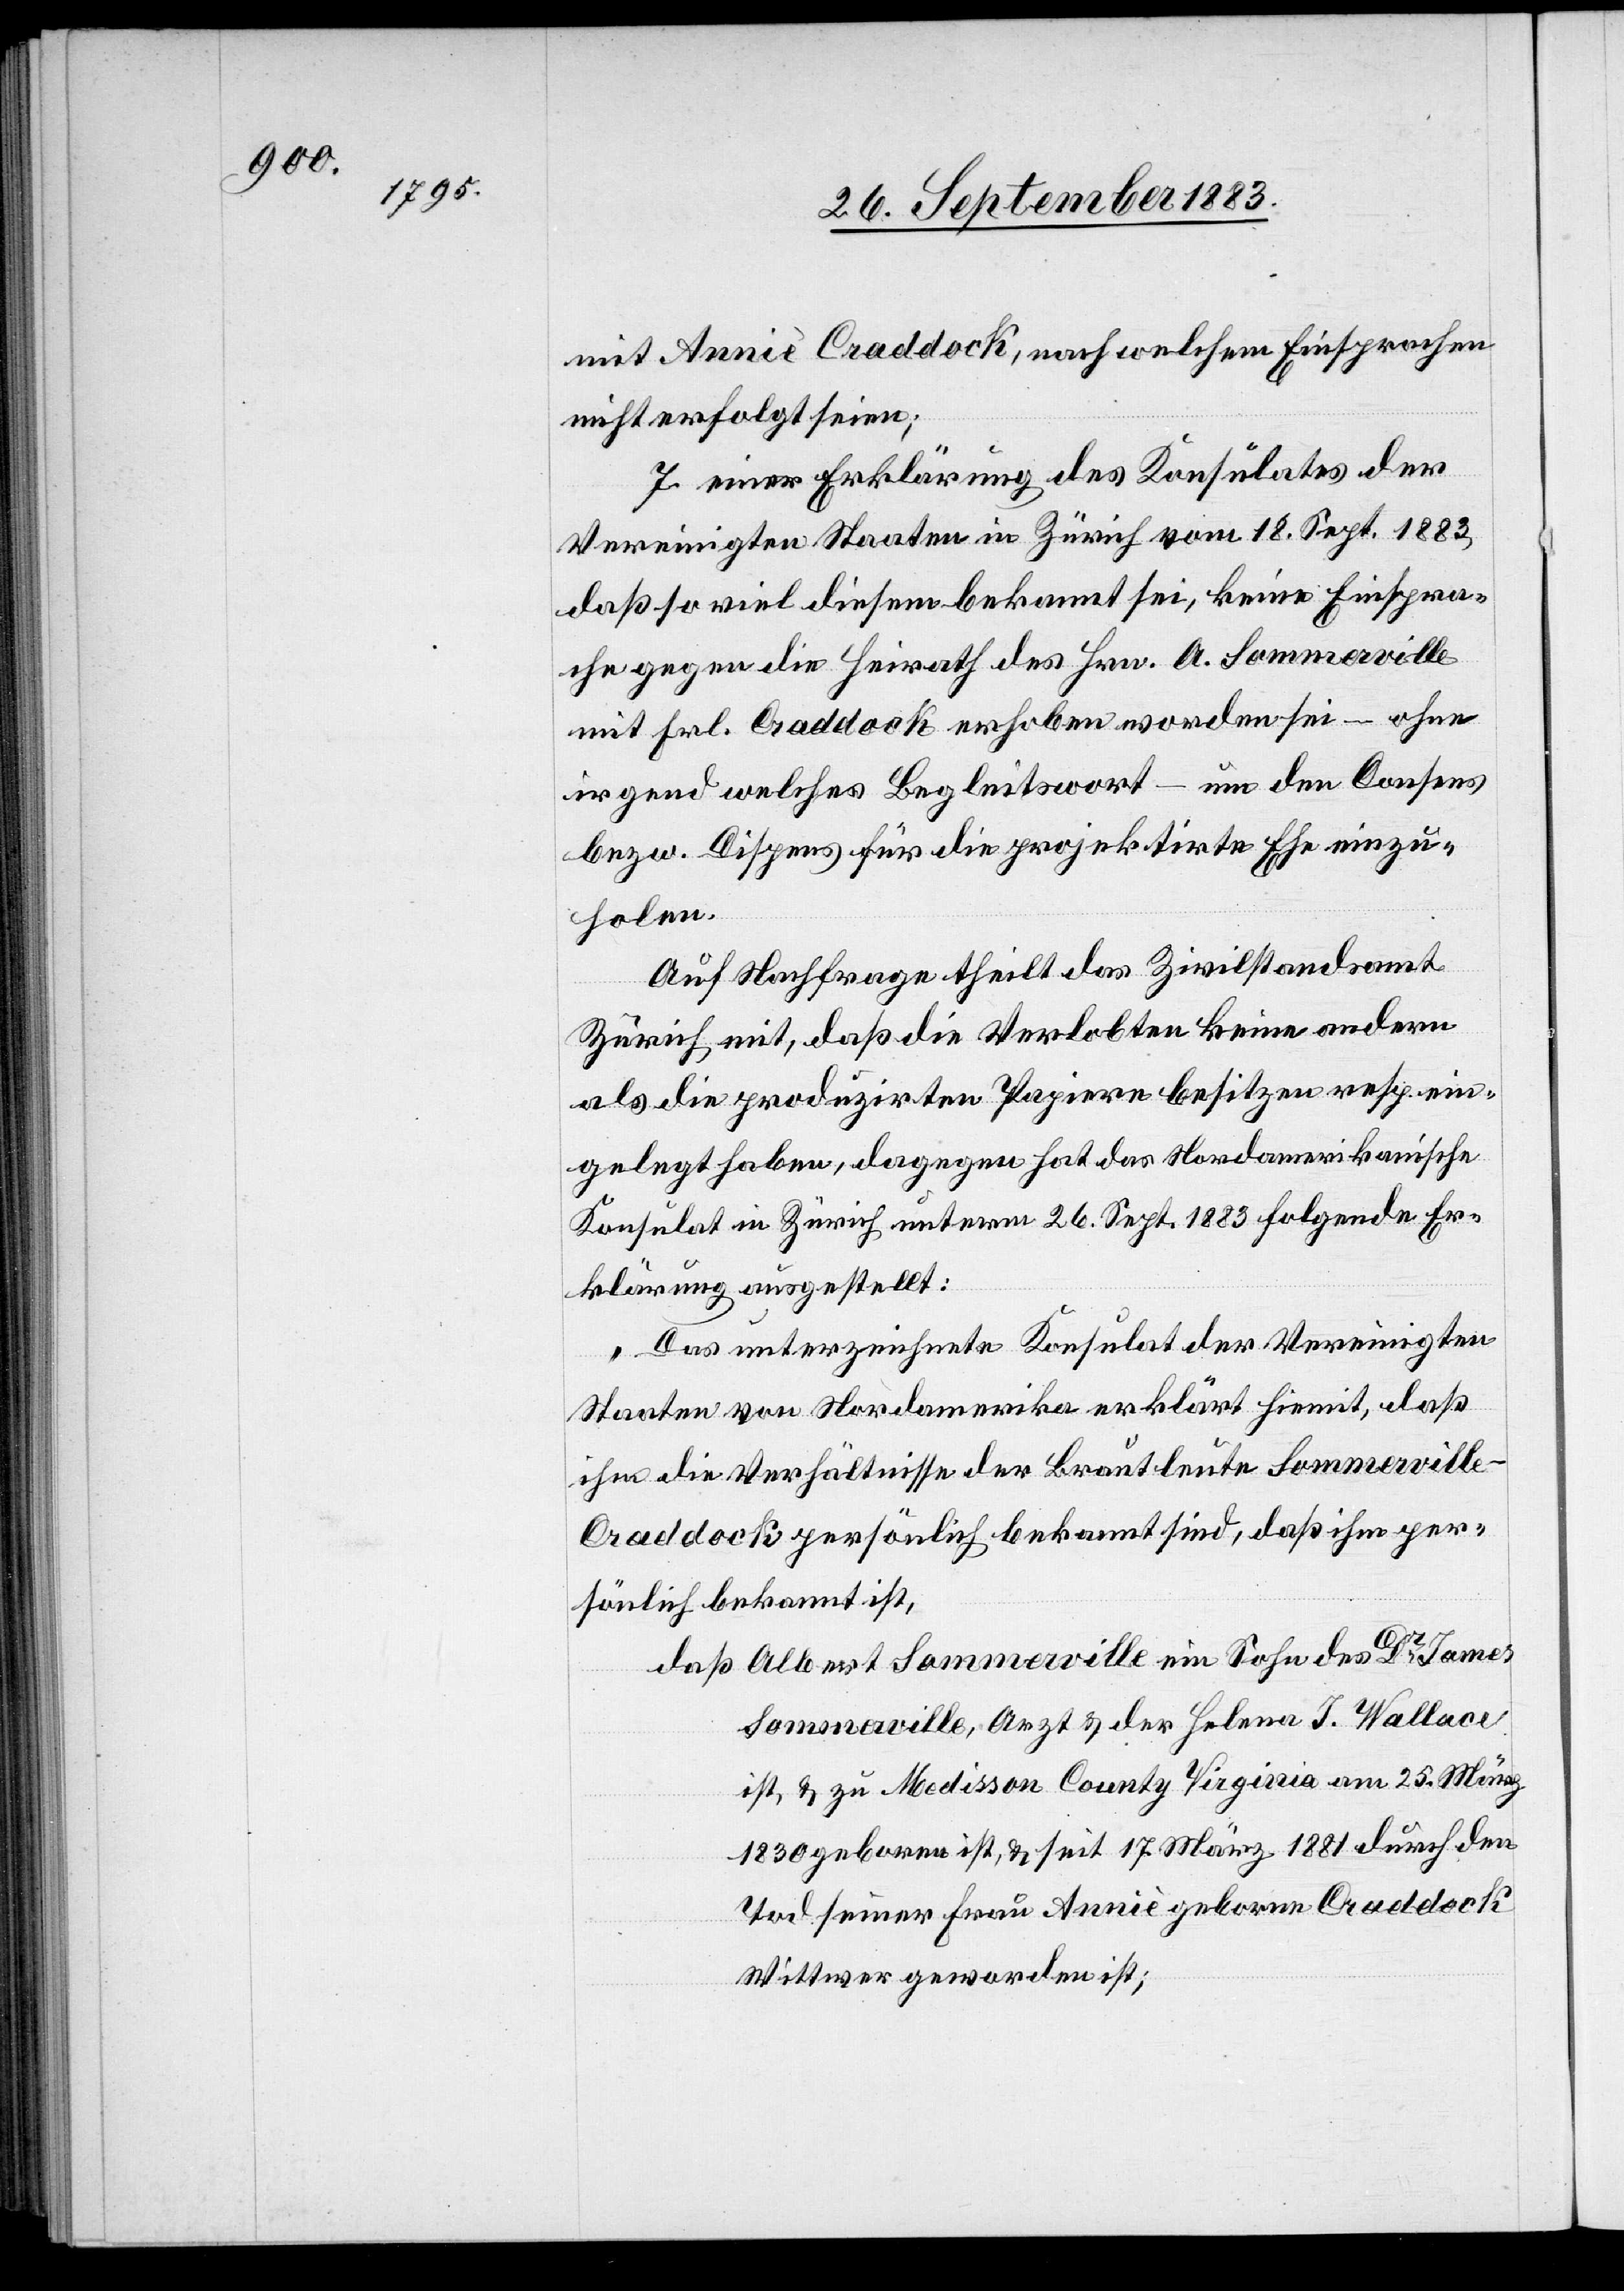
mit Anniè Craddock, nach welchem Einsprachen
nicht erfolgt seien;
7. einer Erklärung des Konsulates der
Vereinigten Staaten in Zürich vom 18. Sept. 1883,
daß so viel diesem bekannt sei, keine Einspra¬
che gegen die Heirath des Hrn. A. Sommerville
mit Frl. Craddock erhoben worden sei – ohne
irgend welches Begleitwort – um den Consens
bezw. Dispens für die projektirte Ehe einzu¬
holen.
Auf Nachfrage theilt das Zivilstandsamt
Zürich mit, daß die Verlobten keine andern
als die produzirten Papiere besitzen resp. ein¬
gelegt haben, dagegen hat das Nordamerikanische
Konsulat in Zürich unterm 26. Sept. 1883 folgende Er¬
klärung ausgestellt:
„Das unterzeichnete Konsulat der Vereinigten
Staaten von Nordamerika erklärt hiemit, daß
ihm die Verhältnisse der Brautleute Sommervill¬
e-Craddock persönlich bekannt sind, daß ihm per¬
sönlich bekannt ist,
daß Albert Sommerville ein Sohn des Dr James
Sommerville, Arzt & der Helena J. Wallace
ist, & zu Medisson [sic!] County Virginia am 25. März
1830 geboren ist, & seit 17. März 1881 durch den
Tod seiner Frau Anniè geborne Craddock
Wittwer geworden ist;